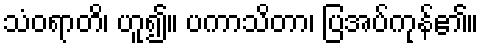
သံဝရာတိ၊ ဟူ၍။ ပကာသိတာ၊ ပြအပ်ကုန်၏။